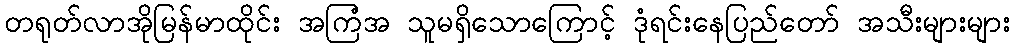
တရုတ်လာအိုမြန်မာထိုင်း အကြံအ သူမရှိသောကြောင့် ဒုံရင်းနေပြည်တော် အသီးများများ